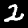
Label: 2